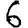
Digit: 6